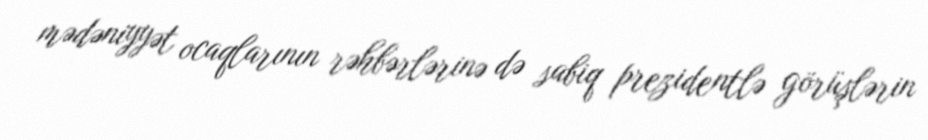
mədəniyyət ocaqlarının rəhbərlərinə də sabiq prezidentlə görüşlərin